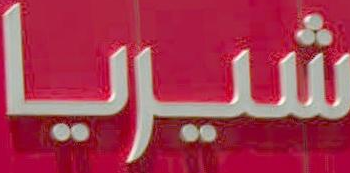
شيريا